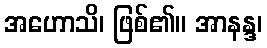
အဟောသိ၊ ဖြစ်၏။ အာနန္ဒ၊